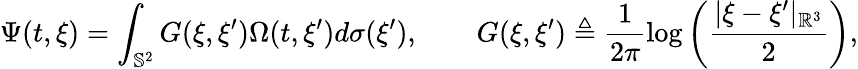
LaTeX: \Psi(t,\xi)=\int_{\mathbb{S}^{2}}G(\xi,\xi^{\prime})\Omega(t,\xi^{\prime})d\sigma(\xi^{\prime}),\qquad G(\xi,\xi^{\prime})\triangleq\frac{1}{2\pi}\log\left(\frac{|\xi-\xi^{\prime}|_{\mathbb{R}^{3}}}{2}\right),